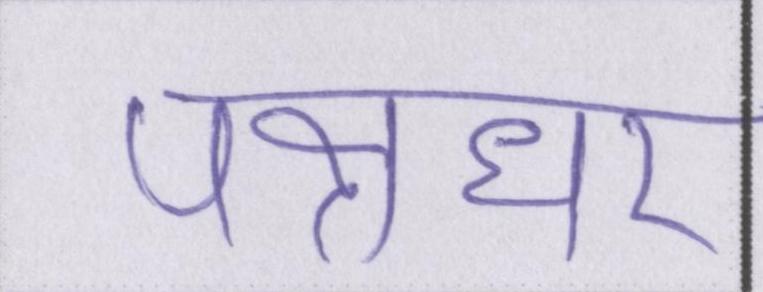
पक्षधर